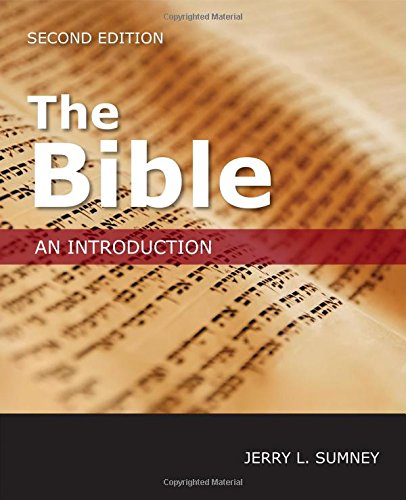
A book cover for The Bible: An Introduction, Second Edition; Jerry L. Sumney; Christian Books & Bibles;